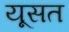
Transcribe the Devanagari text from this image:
यूसत